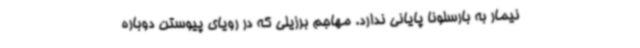
نیمار به بارسلونا پایانی ندارد. مهاجم برزیلی که در رویای پیوستن دوباره